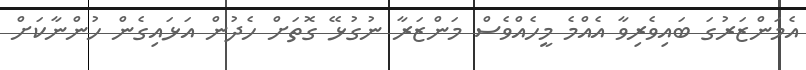
އެމަންޒަރުގަ ބައިވެރިވާ އެއްމެ މީހެއްވެސް މަންޒަރާ ނުގުޅޭ ގޮތަށް ހެދުން އަޅައިގެން ހުންނާކަށް